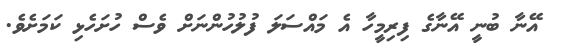
އޭނާ ބުނީ އޭނާގެ ފިރިމީހާ އެ މައްސަލަ ފުލުހުންނަށް ވެސް ހުށަހެޅި ކަމަށެވެ.